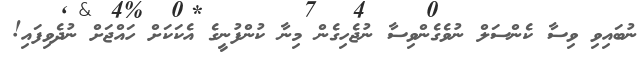
ނުބައިވި ވިސާ ކެންސަލް ނުވެގެންވިސާ ނުޖެހިގެން މިނާ ކުންފުނީގެ އެކަކަށް ހައްޖަށް ނުދެވިފައި!